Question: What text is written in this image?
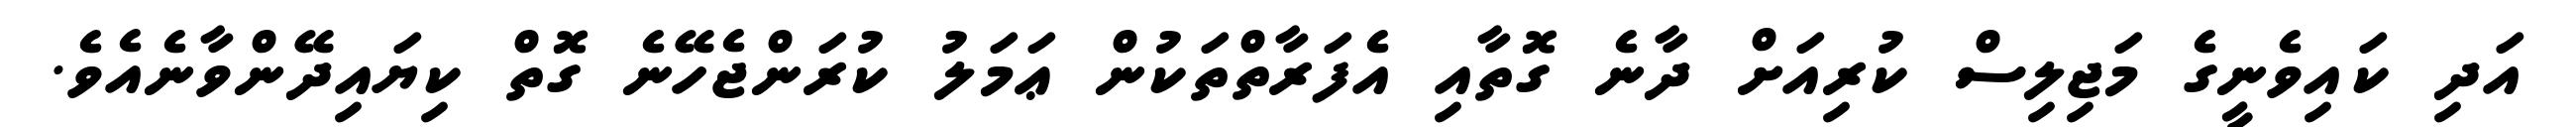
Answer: އަދި ކައިވެނީގެ މަޖިލިސް ކުރިއަށް ދާނެ ގޮތާއި އެފަރާތްތަކުން ޢަމަލު ކުރަންޖެހޭނެ ގޮތް ކިޔައިދޭންވާނެއެވެ.